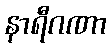
နာရီဂဏာ